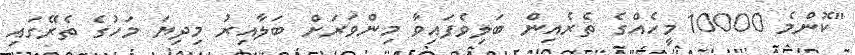
"ކޮންމެ 10000 މީހެއްގެ ތެރެއިން ބަލިވެފައިވާ މިންވަރަށް ބަލާއިރު މިދިޔަ މަހުގެ ތެރޭގައި